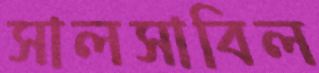
সালসাবিল